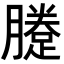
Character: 𨃗